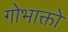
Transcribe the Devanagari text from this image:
गोभाक्तो